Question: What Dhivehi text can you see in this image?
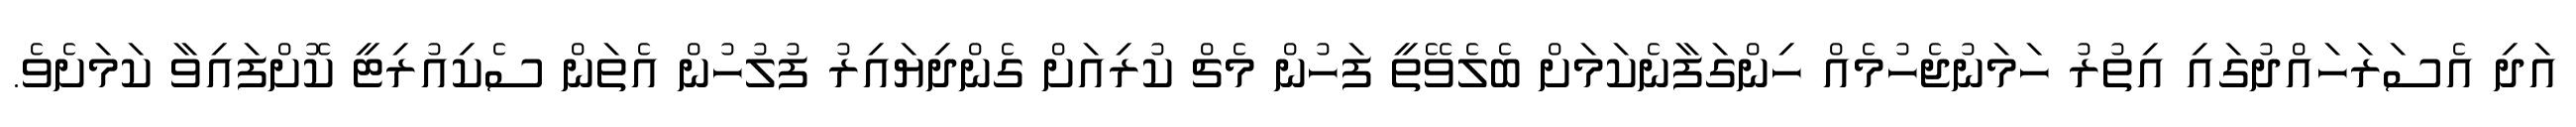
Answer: އަދި އެސަރަހައްދުގައި އިތުރު ހަމަނުޖެހުމެއް ހިންގަފާނެކަމަށް ބެލެވޭތީ ފަހުން މެޗް ކުރިއަށް ގެންދިޔައިރު ފުލުހުން އެތަން ސެކިއުރިޓީ ކޮށްފައިވާ ކަމަށެވެ.